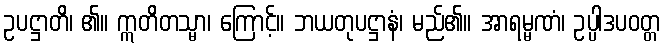
ဥပဋ္ဌာတိ၊ ၏။ ဣတိတသ္မာ၊ ကြောင့်။ ဘယတုပဋ္ဌာနံ၊ မည်၏။ အာရမ္မဏံ၊ ဥပ္ပါဒပဝတ္တ